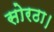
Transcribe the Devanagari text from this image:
सोरठा।